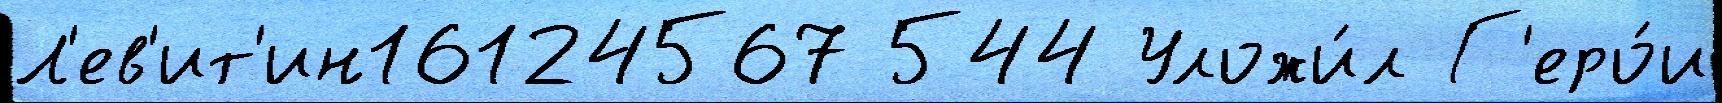
Л'ев'ит'ин16124567 544 Уложи́л Г'еро́и